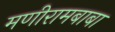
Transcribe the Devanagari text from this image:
मणीरामबाबा